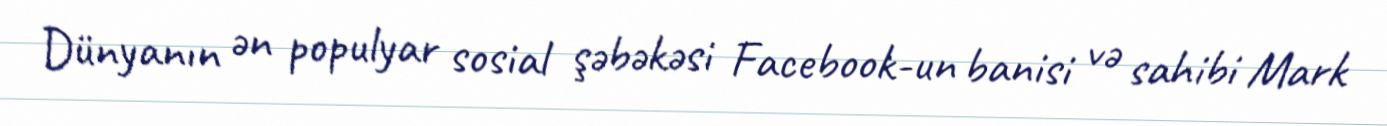
Dünyanın ən populyar sosial şəbəkəsi Facebook-un banisi və sahibi Mark